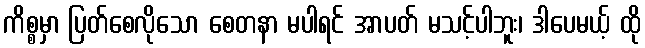
ကိစ္စမှာ ပြတ်စေလိုသော စေတနာ မပါရင် အာပတ် မသင့်ပါဘူး၊ ဒါပေမယ့် ထို